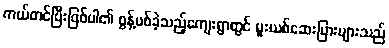
ကယ်တင်ပြီးဖြစ်ပါ၏ စွန့်ပစ်ခဲ့သည့်ကျေးရွာတွင် မူးယစ်ဆေးပြားများသည်